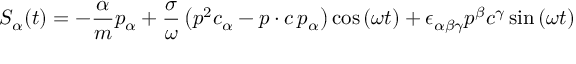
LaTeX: S _ { \alpha } ( t ) = - \frac \alpha m p _ { \alpha } + \frac \sigma \omega \left( p ^ { 2 } c _ { \alpha } - p \cdot c \, p _ { \alpha } \right) \cos \left( \omega t \right) + \epsilon _ { \alpha \beta \gamma } p ^ { \beta } c ^ { \gamma } \sin \left( \omega t \right)